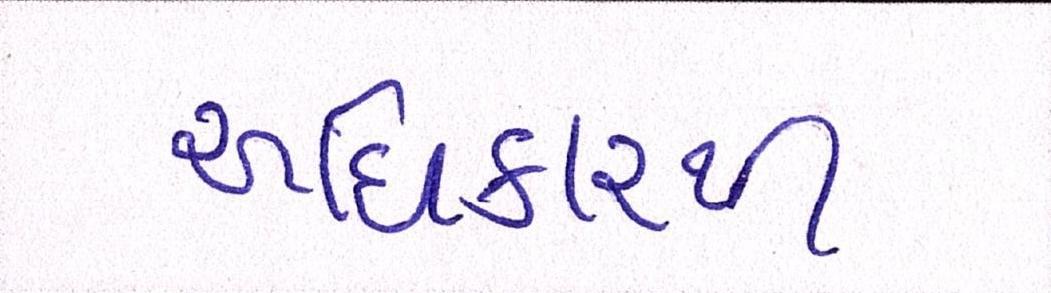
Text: અધિકારથી